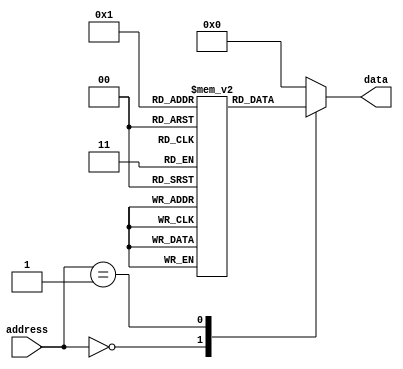
module ROM (
    input wire [7:0] address,
    output reg [7:0] data
);

reg [7:0] memory [0:255];

initial begin
    memory[0] = 8'b00000000;
    memory[1] = 8'b00000001;
    // Add more initializations as needed
end

always @(*)
begin
    case(address)
        8'b00000000: data = memory[0];
        8'b00000001: data = memory[1];
        // Add more cases as needed
        default: data = 8'b00000000; // Default value
    endcase
end

endmodule